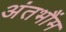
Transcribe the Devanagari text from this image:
अंतभौंम